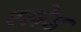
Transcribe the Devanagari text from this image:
स्‍लेड